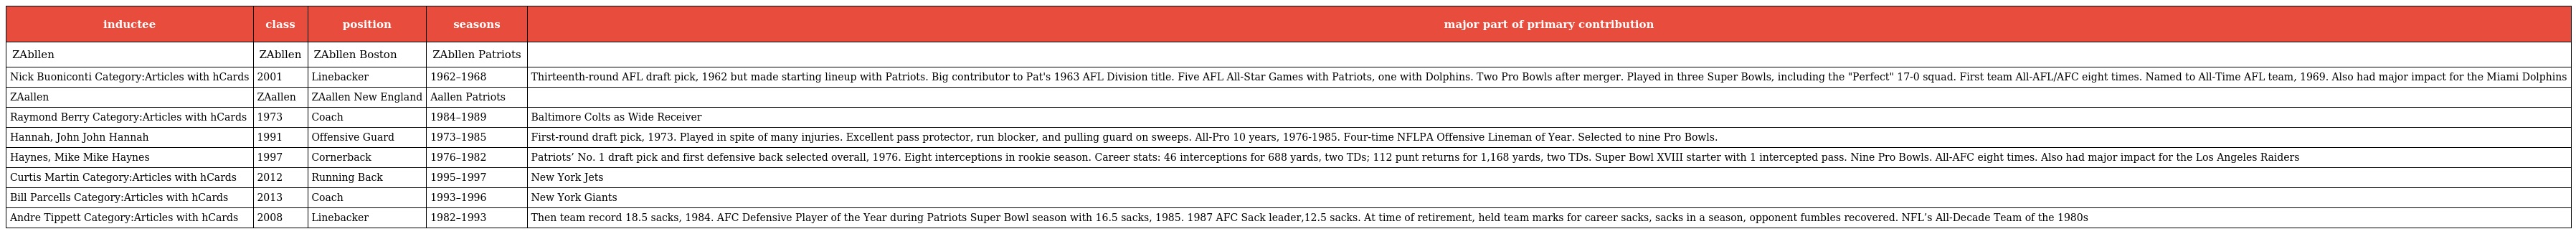
| inductee | class | position | seasons | major part of primary contribution |
 | --- | --- | --- | --- | --- |
 | ZAbllen | ZAbllen | ZAbllen Boston | ZAbllen Patriots |  |
 | Nick Buoniconti Category:Articles with hCards | 2001 | Linebacker | 1962–1968 | Thirteenth-round AFL draft pick, 1962 but made starting lineup with Patriots. Big contributor to Pat's 1963 AFL Division title. Five AFL All-Star Games with Patriots, one with Dolphins. Two Pro Bowls after merger. Played in three Super Bowls, including the "Perfect" 17-0 squad. First team All-AFL/AFC eight times. Named to All-Time AFL team, 1969. Also had major impact for the Miami Dolphins |
 | ZAallen | ZAallen | ZAallen New England | Aallen Patriots |  |
 | Raymond Berry Category:Articles with hCards | 1973 | Coach | 1984–1989 | Baltimore Colts as Wide Receiver |
 | Hannah, John John Hannah | 1991 | Offensive Guard | 1973–1985 | First-round draft pick, 1973. Played in spite of many injuries. Excellent pass protector, run blocker, and pulling guard on sweeps. All-Pro 10 years, 1976-1985. Four-time NFLPA Offensive Lineman of Year. Selected to nine Pro Bowls. |
 | Haynes, Mike Mike Haynes | 1997 | Cornerback | 1976–1982 | Patriots’ No. 1 draft pick and first defensive back selected overall, 1976. Eight interceptions in rookie season. Career stats: 46 interceptions for 688 yards, two TDs; 112 punt returns for 1,168 yards, two TDs. Super Bowl XVIII starter with 1 intercepted pass. Nine Pro Bowls. All-AFC eight times. Also had major impact for the Los Angeles Raiders |
 | Curtis Martin Category:Articles with hCards | 2012 | Running Back | 1995–1997 | New York Jets |
 | Bill Parcells Category:Articles with hCards | 2013 | Coach | 1993–1996 | New York Giants |
 | Andre Tippett Category:Articles with hCards | 2008 | Linebacker | 1982–1993 | Then team record 18.5 sacks, 1984. AFC Defensive Player of the Year during Patriots Super Bowl season with 16.5 sacks, 1985. 1987 AFC Sack leader,12.5 sacks. At time of retirement, held team marks for career sacks, sacks in a season, opponent fumbles recovered. NFL’s All-Decade Team of the 1980s |